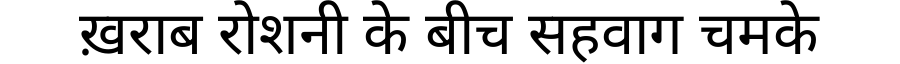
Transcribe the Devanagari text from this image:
ख़राब रोशनी के बीच सहवाग चमके